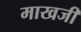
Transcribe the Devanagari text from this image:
माखजी